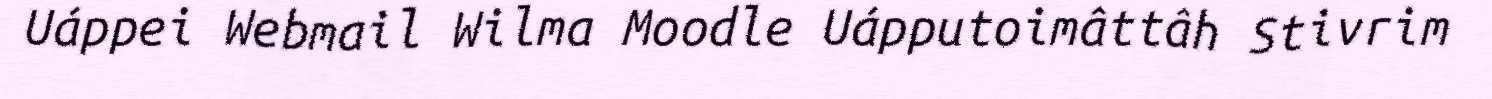
Uáppei Webmail Wilma Moodle Uápputoimâttâh Stivrim